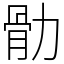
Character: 䯇